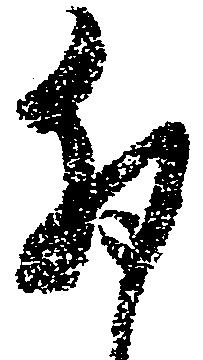
卯